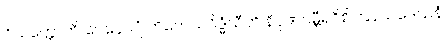
ဝိသတ္တောတိ ဝေနေယျံ ကိလေသဝိဒ္ဓံသီတိ နိပုဏဂမ္ဘီရဝိစိတြနယဒေသနံ